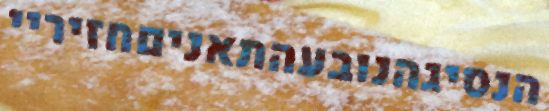
הנסיגהנובעהתאניםחזיריי